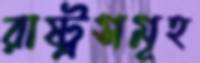
রাষ্ট্রসমূহ